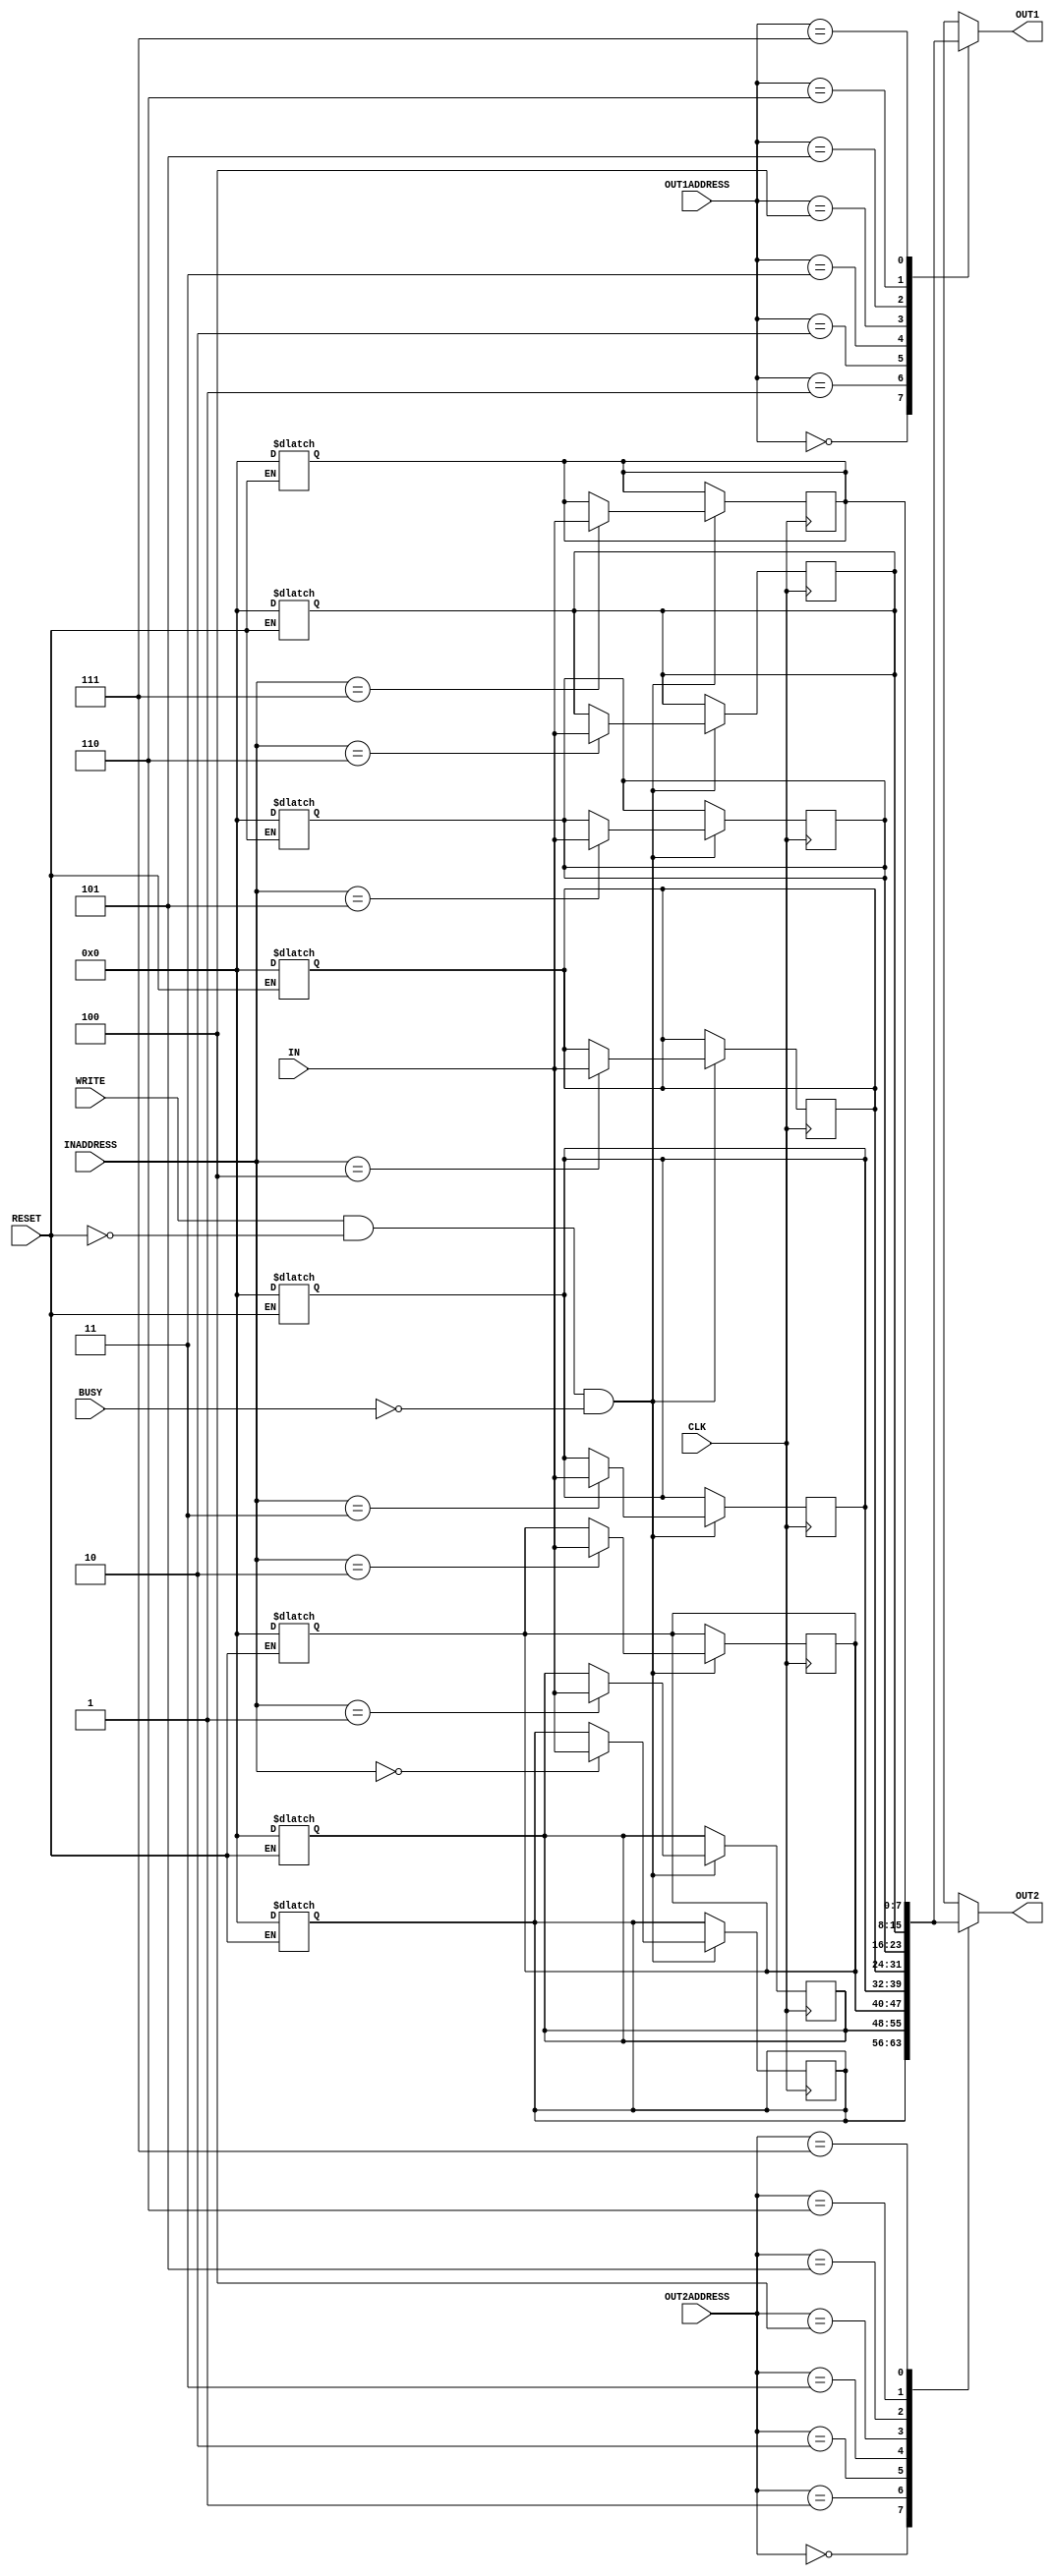
`timescale 1ns/100ps

//REG-FILE
module reg_file (IN, OUT1, OUT2, INADDRESS, OUT1ADDRESS, OUT2ADDRESS, WRITE, CLK, RESET,BUSY);
   
    
    //INPUT OUTPUT
    input  [7:0] IN;
   	input  [2:0] INADDRESS, OUT1ADDRESS, OUT2ADDRESS;
   	input  WRITE,RESET,CLK,BUSY;
   	output reg [7:0] OUT1, OUT2;

    //8 x 8 REGISTER
   	reg    [7:0] REGISTER [7:0];
     

    //SYNCHRONIZE WITH RESET
    always@( RESET)
    begin
   
        //IF RESET==1 LEVEL TRIGGERED
	    if(RESET )begin
		    
		    //DELAY 1s FOR RESET
		    #1;

		    //MAKE 8*8 REGISTER ZERO
		    REGISTER[0]<=8'b00000000;
		    REGISTER[1]<=8'b00000000;
		    REGISTER[2]<=8'b00000000;
		    REGISTER[3]<=8'b00000000;
		    REGISTER[4]<=8'b00000000;
		    REGISTER[5]<=8'b00000000;
		    REGISTER[6]<=8'b00000000;
		    REGISTER[7]<=8'b00000000;
	    
	    end

    end 



    //SYNCHRONIZE WITH POSITIVE EDGE OF CLOCK
    always@(posedge CLK)
    begin
        
        //IF WRITE ENABLE
        #1;//DELAY 1s FOR WRITE
        if(WRITE==1 && RESET==0 && BUSY==0)begin

            
	        
	        //ASSIGN INPUT TO THE INADRESS OF REGISTER
	        REGISTER[INADDRESS]<=IN;
        end
     
    end   

 
    
             //EVERYTIME READ FROM REGISTER
   
    always@(*)   begin 
            //DELAY 2s FOR READ
    	    #2 
    	    //READ REGISTER OUTADRESS AND ASSIGN IT TO OUT 
    	    OUT1=REGISTER[OUT1ADDRESS];
    	    OUT2=REGISTER[OUT2ADDRESS];
        
    end
	

endmodule